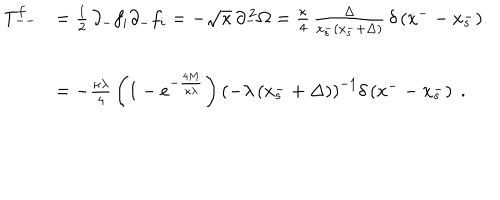
LaTeX: \begin{array} { c l } { { T _ { -- } ^ { f } } } & { { = { \frac { 1 } { 2 } } \, \partial _ { - } f _ { i } \partial _ { - } f _ { i } = - \sqrt { \kappa } \, \partial _ { - } ^ { \, 2 } \Omega = { \frac { \kappa } { 4 } } \, \frac { \Delta } { x _ { s } ^ { - } \left( x _ { s } ^ { - } + \Delta \right) } \, \delta \left( x ^ { -- } x _ { s } ^ { - } \right) } } \\ { { \ } } & { { = - { \frac { \kappa \lambda } { 4 } } \left( 1 - e ^ { - \frac { 4 M } { \kappa \lambda } } \right) { \left( - \lambda \left( x _ { s } ^ { - } + \Delta \right) \right) } ^ { - 1 } \delta \left( x ^ { -- } x _ { s } ^ { - } \right) \; . } } \\ \end{array}